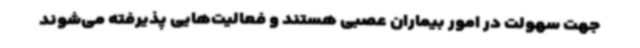
جهت سهولت در امور بیماران عصبی هستند و فعالیت‌هایی پذیرفته می‌شوند